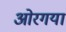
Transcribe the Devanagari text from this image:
ओरगया